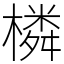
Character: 橉